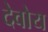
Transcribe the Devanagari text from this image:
देवोय